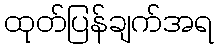
ထုတ်ပြန်ချက်အရ